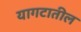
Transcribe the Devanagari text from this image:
यागटातील